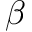
\beta